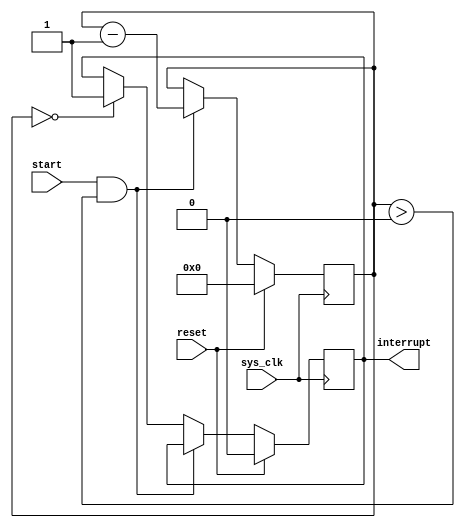
module countdown_timer (
    input wire sys_clk,
    input wire start,
    input wire reset,
    output reg interrupt
);

reg [15:0] count;

always @(posedge sys_clk) begin
    if (reset) begin
        count <= 16'h0000;
        interrupt <= 1'b0;
    end else if (start && count > 16'h0000) begin
        count <= count - 1;
    end else if (count == 16'h0000) begin
        interrupt <= 1'b1;
    end
end

endmodule